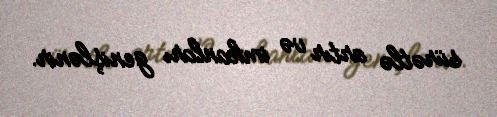
sürətlə artır və imkanları genişlənir.